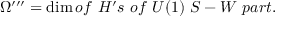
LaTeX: \Omega ^ { \prime \prime \prime } = \dim o f ~ H ^ { \prime } s ~ o f ~ U ( 1 ) ~ S - W ~ p a r t .